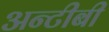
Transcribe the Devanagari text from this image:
अन्टीबी